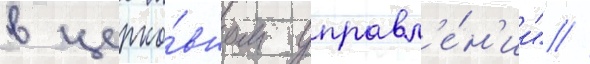
в церко́вном управл'е́н'ии" //